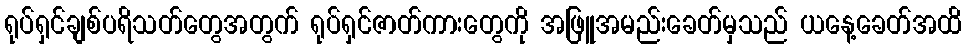
ရုပ်ရှင်ချစ်ပရိသတ်တွေအတွက် ရုပ်ရှင်ဇာတ်ကားတွေကို အဖြူအမည်းခေတ်မှသည် ယနေ့ခေတ်အထိ